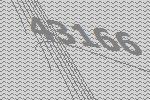
43166